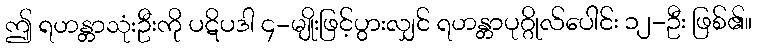
ဤ ရဟန္တာသုံးဦးကို ပဋိပဒါ ၄-မျိုးဖြင့်ပွားလျှင် ရဟန္တာပုဂ္ဂိုလ်ပေါင်း ၁၂-ဦး ဖြစ်၏။